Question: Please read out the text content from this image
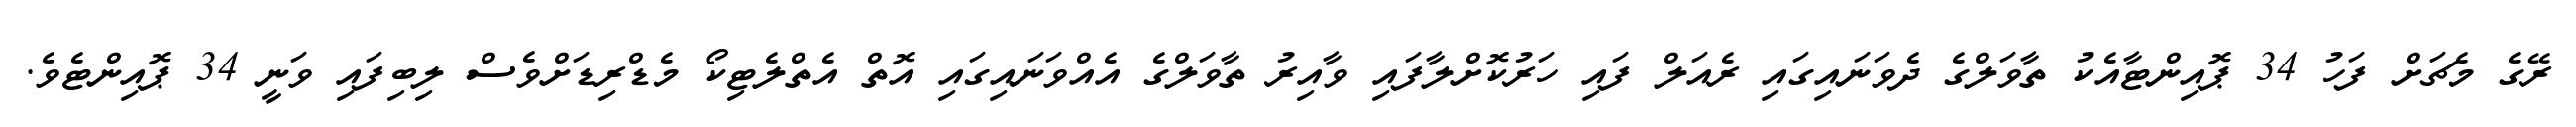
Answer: ރޭގެ މެޗަށް ފަހު 34 ޕޮއިންޓާއެކު ތާވަލްގެ ދެވަނައިގައި ރެއަލް ފައި ހަރުކޮށްލާފައި ވާއިރު ތާވަލްގެ އެއްވަނައިގައި އޮތް އެތްލެޓިކޯ މެޑްރިޑަށްވެސް ލިބިފައި ވަނީ 34 ޕޮއިންޓެވެ.